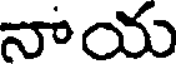
నాయ